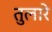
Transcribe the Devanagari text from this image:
तुलारे